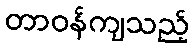
တာဝန်ကျသည့်